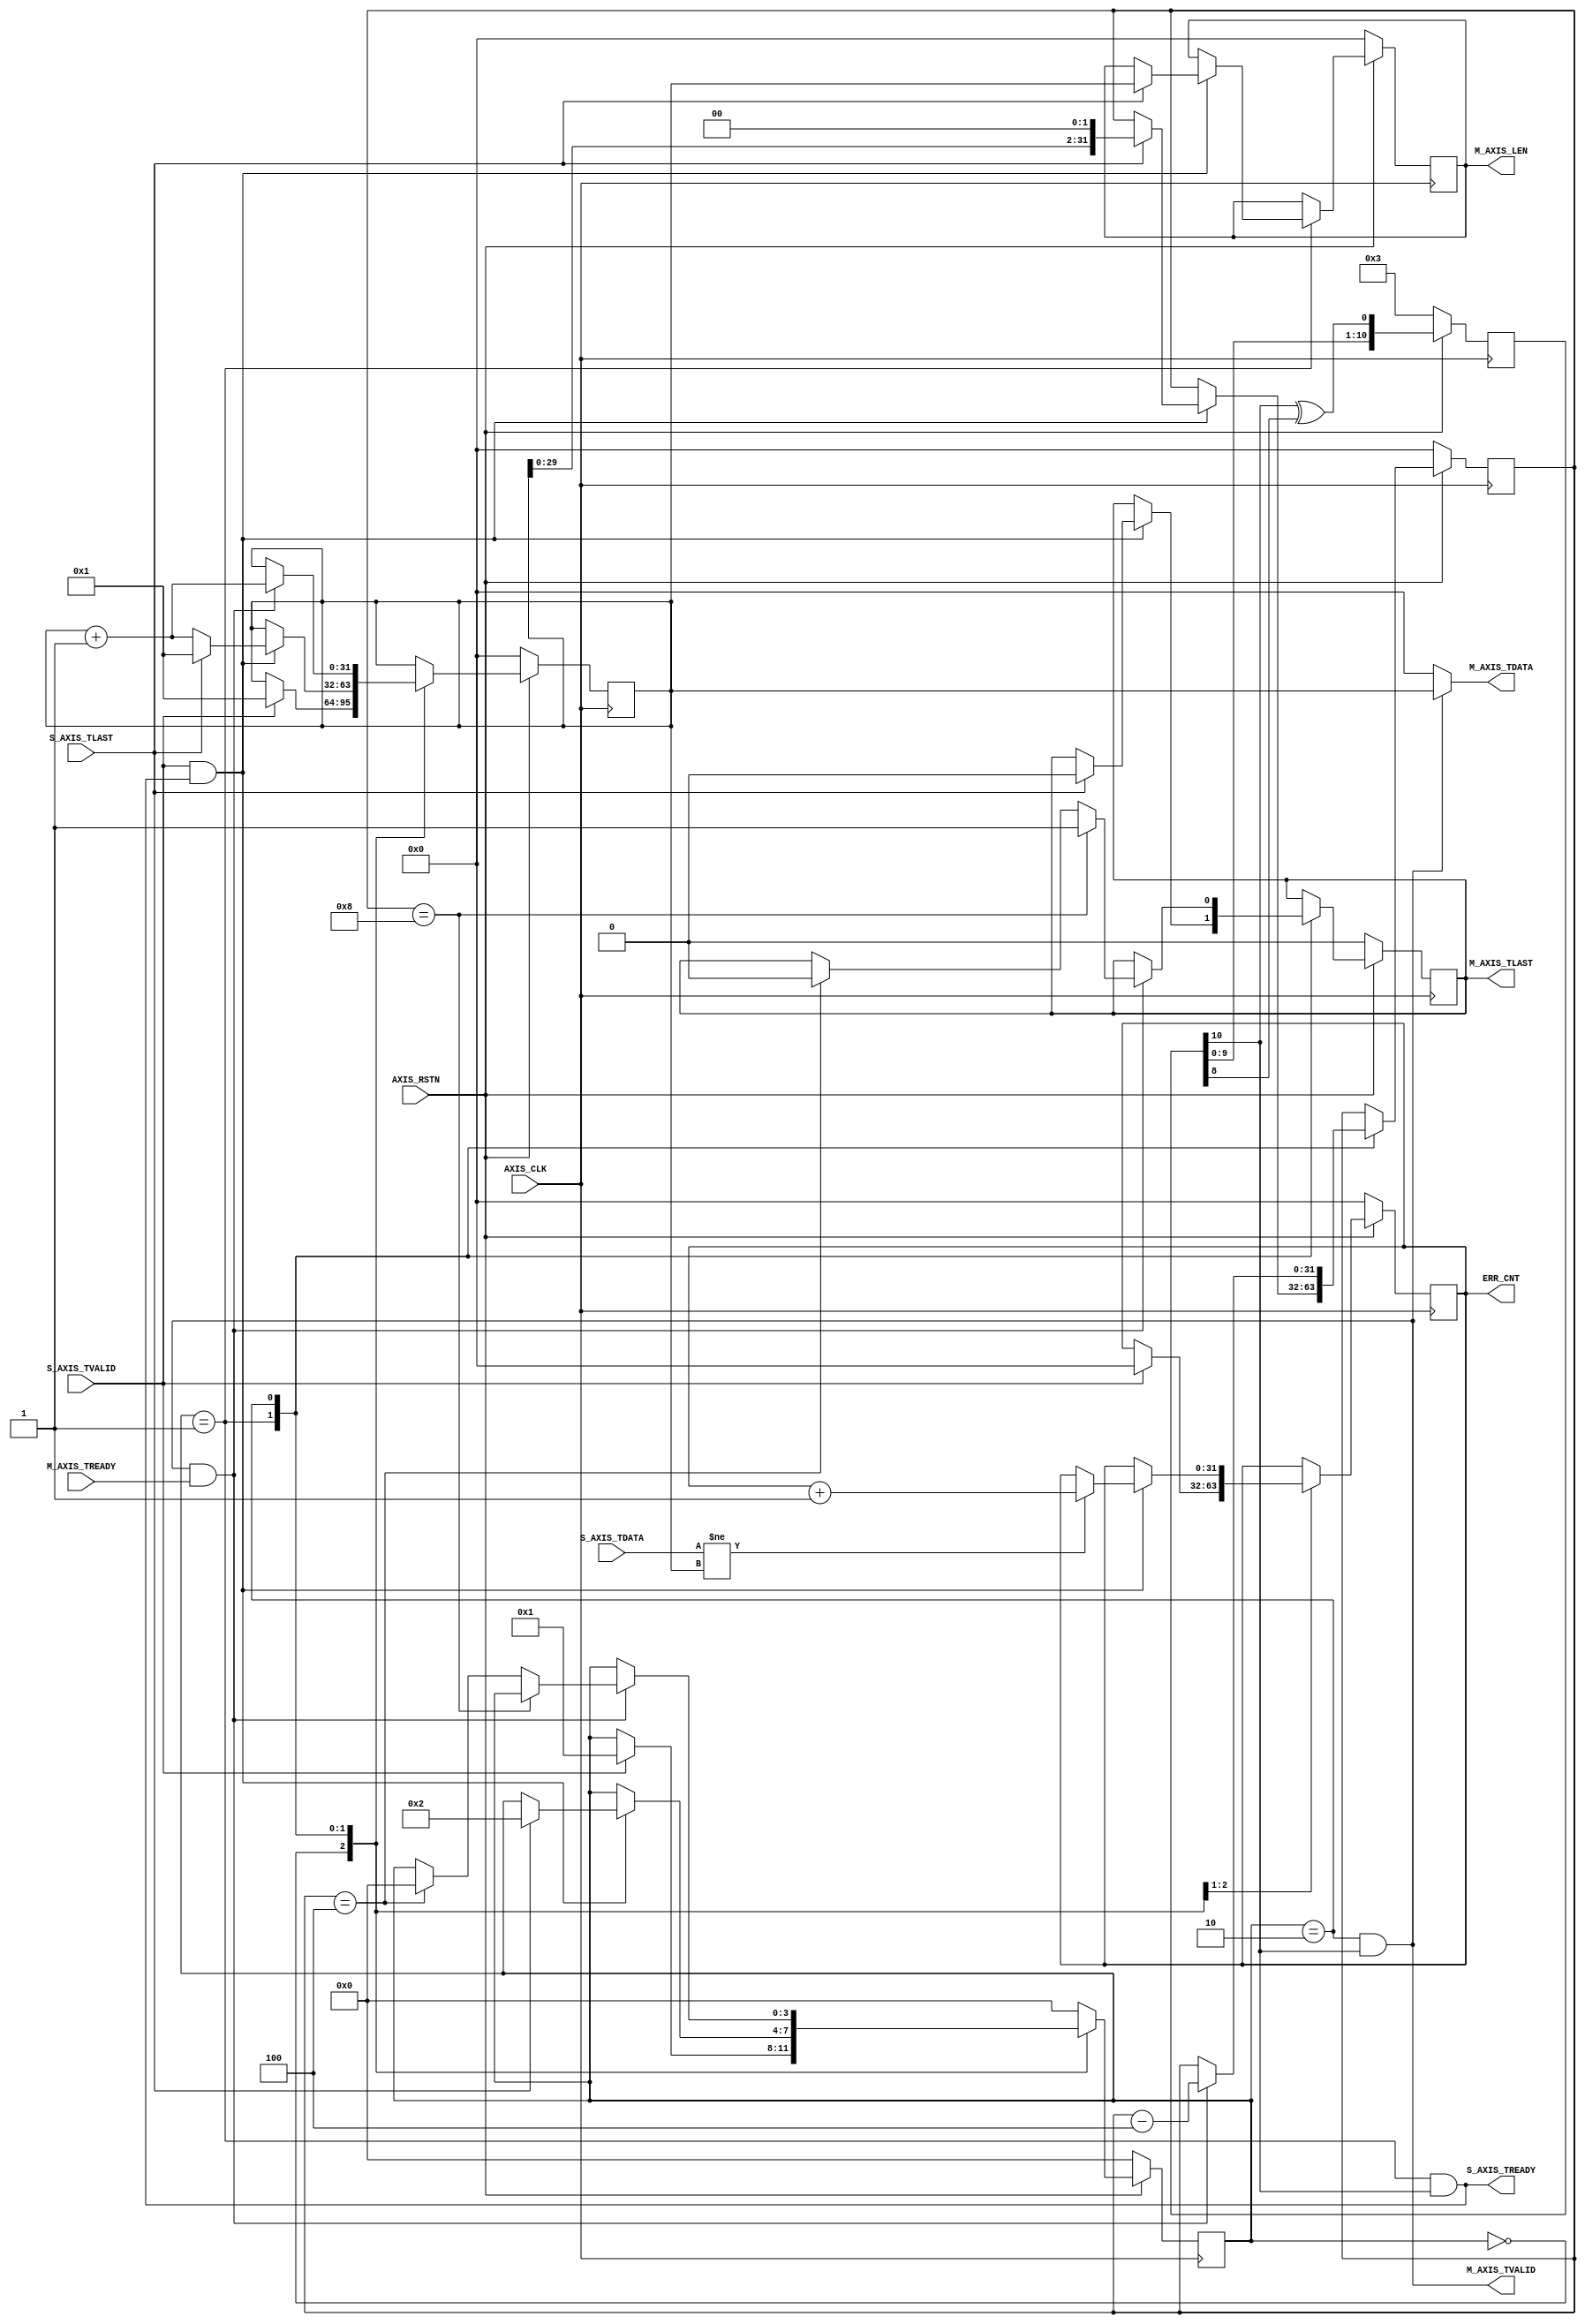
// ----------------------------------------------------------------------
// Copyright (c) 2015, The Regents of the University of California All
// rights reserved.
//
// Redistribution and use in source and binary forms, with or without
// modification, are permitted provided that the following conditions are
// met:
//
//     * Redistributions of source code must retain the above copyright
//       notice, this list of conditions and the following disclaimer.
//
//     * Redistributions in binary form must reproduce the above
//       copyright notice, this list of conditions and the following
//       disclaimer in the documentation and/or other materials provided
//       with the distribution.
//
//     * Neither the name of The Regents of the University of California
//       nor the names of its contributors may be used to endorse or
//       promote products derived from this software without specific
//       prior written permission.
//
// THIS SOFTWARE IS PROVIDED BY THE COPYRIGHT HOLDERS AND CONTRIBUTORS
// "AS IS" AND ANY EXPRESS OR IMPLIED WARRANTIES, INCLUDING, BUT NOT
// LIMITED TO, THE IMPLIED WARRANTIES OF MERCHANTABILITY AND FITNESS FOR
// A PARTICULAR PURPOSE ARE DISCLAIMED. IN NO EVENT SHALL REGENTS OF THE
// UNIVERSITY OF CALIFORNIA BE LIABLE FOR ANY DIRECT, INDIRECT,
// INCIDENTAL, SPECIAL, EXEMPLARY, OR CONSEQUENTIAL DAMAGES (INCLUDING,
// BUT NOT LIMITED TO, PROCUREMENT OF SUBSTITUTE GOODS OR SERVICES; LOSS
// OF USE, DATA, OR PROFITS; OR BUSINESS INTERRUPTION) HOWEVER CAUSED AND
// ON ANY THEORY OF LIABILITY, WHETHER IN CONTRACT, STRICT LIABILITY, OR
// TORT (INCLUDING NEGLIGENCE OR OTHERWISE) ARISING IN ANY WAY OUT OF THE
// USE OF THIS SOFTWARE, EVEN IF ADVISED OF THE POSSIBILITY OF SUCH
// DAMAGE.
// ----------------------------------------------------------------------
//----------------------------------------------------------------------------
// Version:
// Verilog Standard:    Verilog-2001
// Description:         AXI-Stream TX/RX tester. Receive a AXIS frame, verify, 
//                      and send back.
// History:
//-----------------------------------------------------------------------------

`timescale 1ns/1ns

module axis_tester #(
    parameter C_AXIS_DATA_WIDTH = 32) //only 32-bit
(
    ////////////////////////////////////////////////////////////////////////////
    // AXI-Lite Slave (data input)
    input  AXIS_RSTN,
    input  AXIS_CLK,
    input  S_AXIS_TVALID,
    input  S_AXIS_TLAST,
    output S_AXIS_TREADY,
    input [C_AXIS_DATA_WIDTH-1 : 0] S_AXIS_TDATA,
    output M_AXIS_TVALID,
    output reg M_AXIS_TLAST,
    input  M_AXIS_TREADY,
    output [C_AXIS_DATA_WIDTH-1 : 0] M_AXIS_TDATA,
    output reg [31:0] M_AXIS_LEN,
    output reg [31:0] ERR_CNT
);

    wire clk, rstn;
    assign clk = AXIS_CLK;
    assign rstn = AXIS_RSTN;
    
    localparam C_AXIS_BYTE_WIDTH = (C_AXIS_DATA_WIDTH / 8);
        
    localparam ST_IDLE          = 4'b0000;
    localparam ST_RX            = 4'b0001;
    localparam ST_TX            = 4'b0010;

    reg [3:0] stat;
    reg [31:0] byte_cnt; 
    reg [31:0] counter;
    
    reg [10:0] rand;
    
    integer i;

    always @ (posedge clk)
    begin
        if (!rstn)
        begin
            rand <= 11'b11;
            stat <= ST_IDLE;
            byte_cnt <= 'b0;
            counter <= 'b0;
            ERR_CNT <= 'b0;
            M_AXIS_LEN <= 'b0;
            M_AXIS_TLAST <= 1'b0;
        end else begin
        
            //random
            rand <= {rand[9:0], rand[10]^rand[8]};
        
            case (stat)
            ST_IDLE : begin
                    if (S_AXIS_TVALID)
                    begin
                        ERR_CNT <= 'b0;
                        counter <= 1;
                        stat <= ST_RX;
                    end
                end
            ST_RX : begin
                    if (S_AXIS_TVALID && S_AXIS_TREADY)
                    begin
                        counter <= counter + 1;
                        if (S_AXIS_TDATA[31:0] != counter)
                            ERR_CNT <= ERR_CNT + 1'b1;
                        if (S_AXIS_TLAST)
                        begin
                            stat <= ST_TX;
                            counter <= 1;
                            byte_cnt <= {counter[29:0], 2'b00};
                            M_AXIS_LEN <= counter;
                            M_AXIS_TLAST <= 1'b0;
                        end
                    end
                end
            ST_TX : begin
                    if (M_AXIS_TVALID && M_AXIS_TREADY)
                    begin
                        counter <= counter + 1;
                        byte_cnt <= byte_cnt - C_AXIS_BYTE_WIDTH;
                        if (byte_cnt == C_AXIS_BYTE_WIDTH*2)
                        begin
                            M_AXIS_TLAST <= 1'b1;
                        end else if (byte_cnt == C_AXIS_BYTE_WIDTH)
                        begin
                            M_AXIS_TLAST <= 1'b0;
                            stat <= ST_IDLE;
                        end
                    end
                end
             default : begin
                    stat <= ST_IDLE;
                end
            endcase
        end
    end
    
    assign S_AXIS_TREADY = (stat == ST_RX) && rand[10];
    assign M_AXIS_TVALID = (stat == ST_TX) && rand[10];
    assign M_AXIS_TDATA = (M_AXIS_TVALID) ? counter : 'b0;
    
endmodule